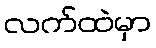
လက်ထဲမှာ